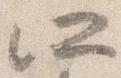
所